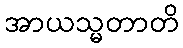
အာယသ္မတာတိ